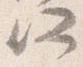
所